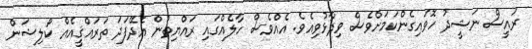
ރައީސް ނަޝީދު ހޮވައިގެންކަމަށްވެސް ވިދާޅުވިއެވެ. އެއްވެސް ހާލެއްގައި ރައްޔިތުން އެދޭފަދަ ތަރައްޤީއެއް ކޯލިޝަން